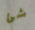
شئ